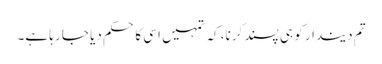
تم دیندار کو ہی پسند کرنا، کہ تمہیں اسی کا حکم دیا جا رہا ہے۔